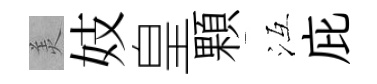
羙妓皇顆冱庇